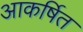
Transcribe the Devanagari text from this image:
आकर्षित